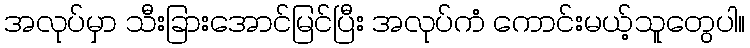
အလုပ်မှာ သီးခြားအောင်မြင်ပြီး အလုပ်ကံ ကောင်းမယ့်သူတွေပါ။